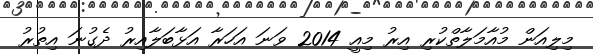
މިލިއަން މުއާމަލާތްކުރި އިރު މިއީ 2014 ވަނަ އަހަރާ އަޅާބަލާއިރު ދެގުނަ އިތުރު